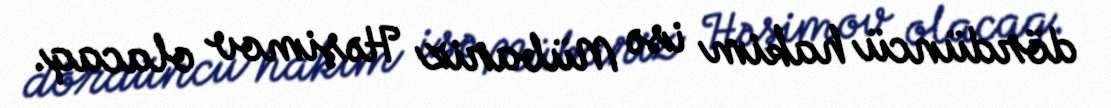
dördüncü hakim isə Mübariz Həşimov olacaq.